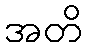
အတိ